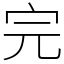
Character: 完